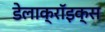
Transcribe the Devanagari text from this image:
डेलाक्रॉइक्स